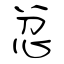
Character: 忿